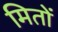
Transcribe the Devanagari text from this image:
मितों